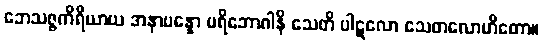
ဘေသဇ္ဇကိရိယာယ အနာပန္နော ပရိဘောဂါနိ သေတိ ပါဋလော သေတလောဟိတော။